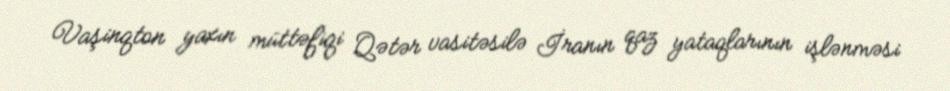
Vaşinqton yaxın müttəfiqi Qətər vasitəsilə İranın qaz yataqlarının işlənməsi